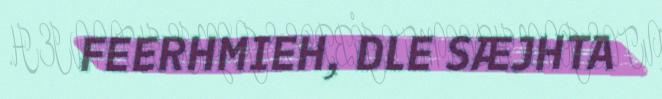
FEERHMIEH, DLE SÆJHTA